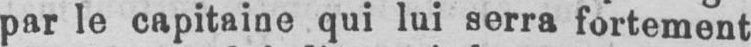
par le capitaine qui lui serra fortement